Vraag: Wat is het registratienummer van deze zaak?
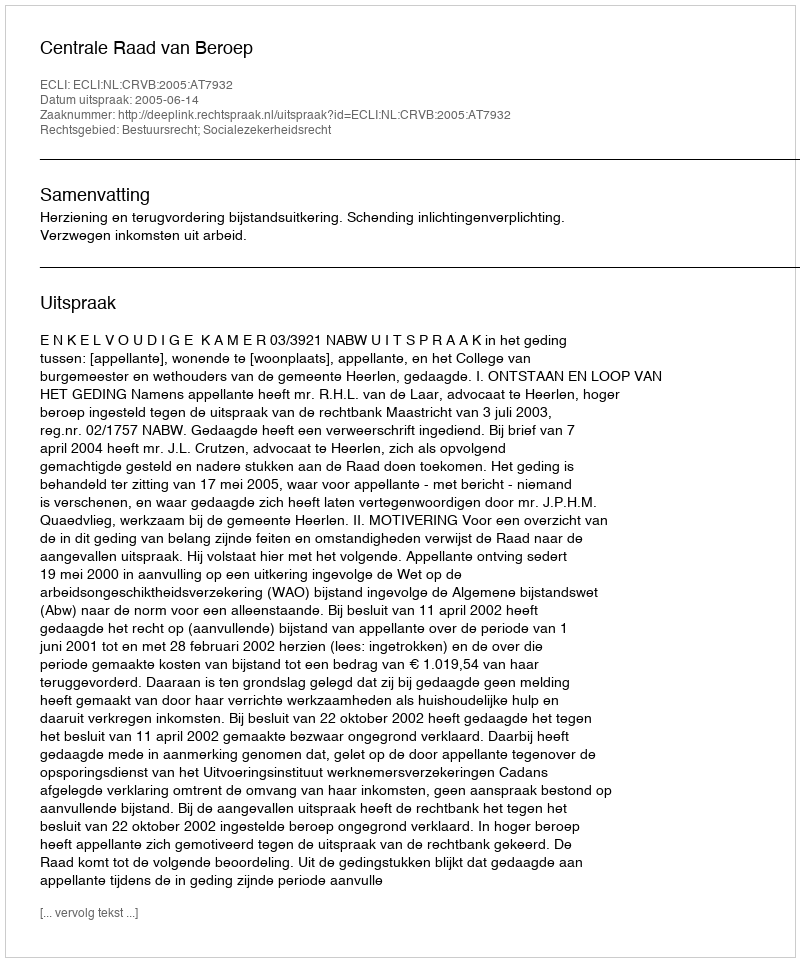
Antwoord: http://deeplink.rechtspraak.nl/uitspraak?id=ECLI:NL:CRVB:2005:AT7932